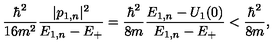
{ \frac { \hbar ^ { 2 } } { 1 6 m ^ { 2 } } } { \frac { | p _ { 1 , n } | ^ { 2 } } { E _ { 1 , n } - E _ { + } } } = { \frac { \hbar ^ { 2 } } { 8 m } } { \frac { E _ { 1 , n } - U _ { 1 } ( 0 ) } { E _ { 1 , n } - E _ { + } } } < { \frac { \hbar ^ { 2 } } { 8 m } } ,